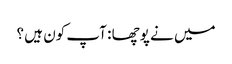
میں نے پوچھا : آپ کون ہیں ؟